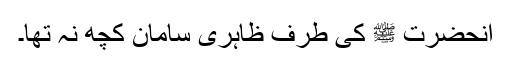
آنحضرت ﷺ کی طرف ظاہری سامان کچھ نہ تھا۔